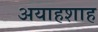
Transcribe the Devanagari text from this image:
अयाहशाह